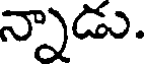
న్నాడు.